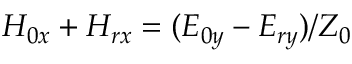
H _ { 0 x } + H _ { r x } = ( E _ { 0 y } - E _ { r y } ) / Z _ { 0 }